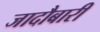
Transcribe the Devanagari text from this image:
जादौबारी